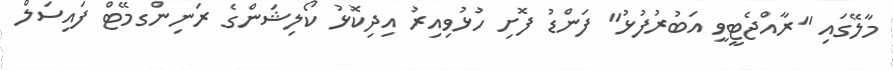
މާލޭގައި "ރާއްޖެޓީވީ އަބުރުފުޅު" ފަންޑު ފޮށި ހުޅުވިއިރު އިދިކޮޅު ކޯލިޝަންގެ ރަނިންގމޭޓް ފައިސަލް